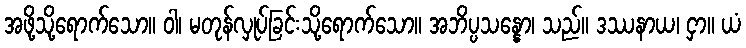
အဖို့သို့ရောက်သော။ ဝါ၊ မတုန်လှုပ်ခြင်းသို့ရောက်သော။ အဘိပ္ပသန္နော၊ သည်။ ဒဿနာယ၊ ငှာ။ ယံ